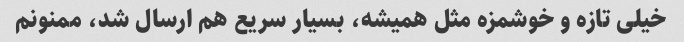
خیلی تازه و خوشمزه مثل همیشه، بسیار سریع هم ارسال شد، ممنونم